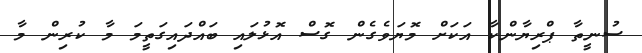
ސުނީތާ ޕްރިޔާންކާ އަކަށް މޮޔަވެގެން ގޮސް އޮޅުލައި ބައްދައިގަތީމަ މާ ކުރިން މާ